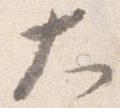
大